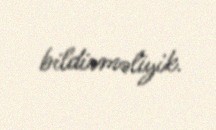
bildirməliyik.